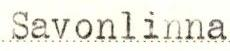
Savonlinna